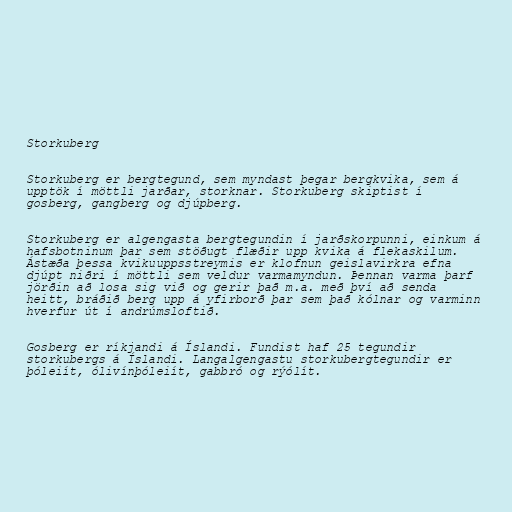
Storkuberg

Storkuberg er bergtegund, sem myndast þegar bergkvika, sem á
upptök í möttli jarðar, storknar. Storkuberg skiptist í
gosberg, gangberg og djúpberg.

Storkuberg er algengasta bergtegundin í jarðskorpunni, einkum á
hafsbotninum þar sem stöðugt flæðir upp kvika á flekaskilum.
Ástæða þessa kvikuuppsstreymis er klofnun geislavirkra efna
djúpt niðri í möttli sem veldur varmamyndun. Þennan varma þarf
jörðin að losa sig við og gerir það m.a. með því að senda
heitt, bráðið berg upp á yfirborð þar sem það kólnar og varminn
hverfur út í andrúmsloftið.

Gosberg er ríkjandi á Íslandi. Fundist haf 25 tegundir
storkubergs á Íslandi. Langalgengastu storkubergtegundir er
þóleiít, ólivínþóleiít, gabbró og rýólít.